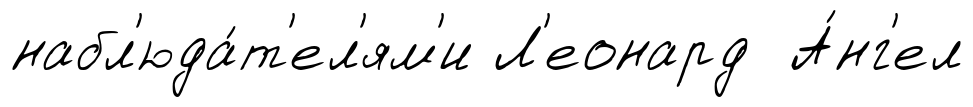
набл'юда́т'ел'ям'и Л'еонард А́нг'ел